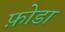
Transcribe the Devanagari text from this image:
फ़ोडा